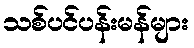
သစ်ပင်ပန်းမန်များ